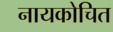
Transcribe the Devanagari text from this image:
नायकोचित